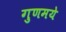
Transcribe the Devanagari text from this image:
गुणमये